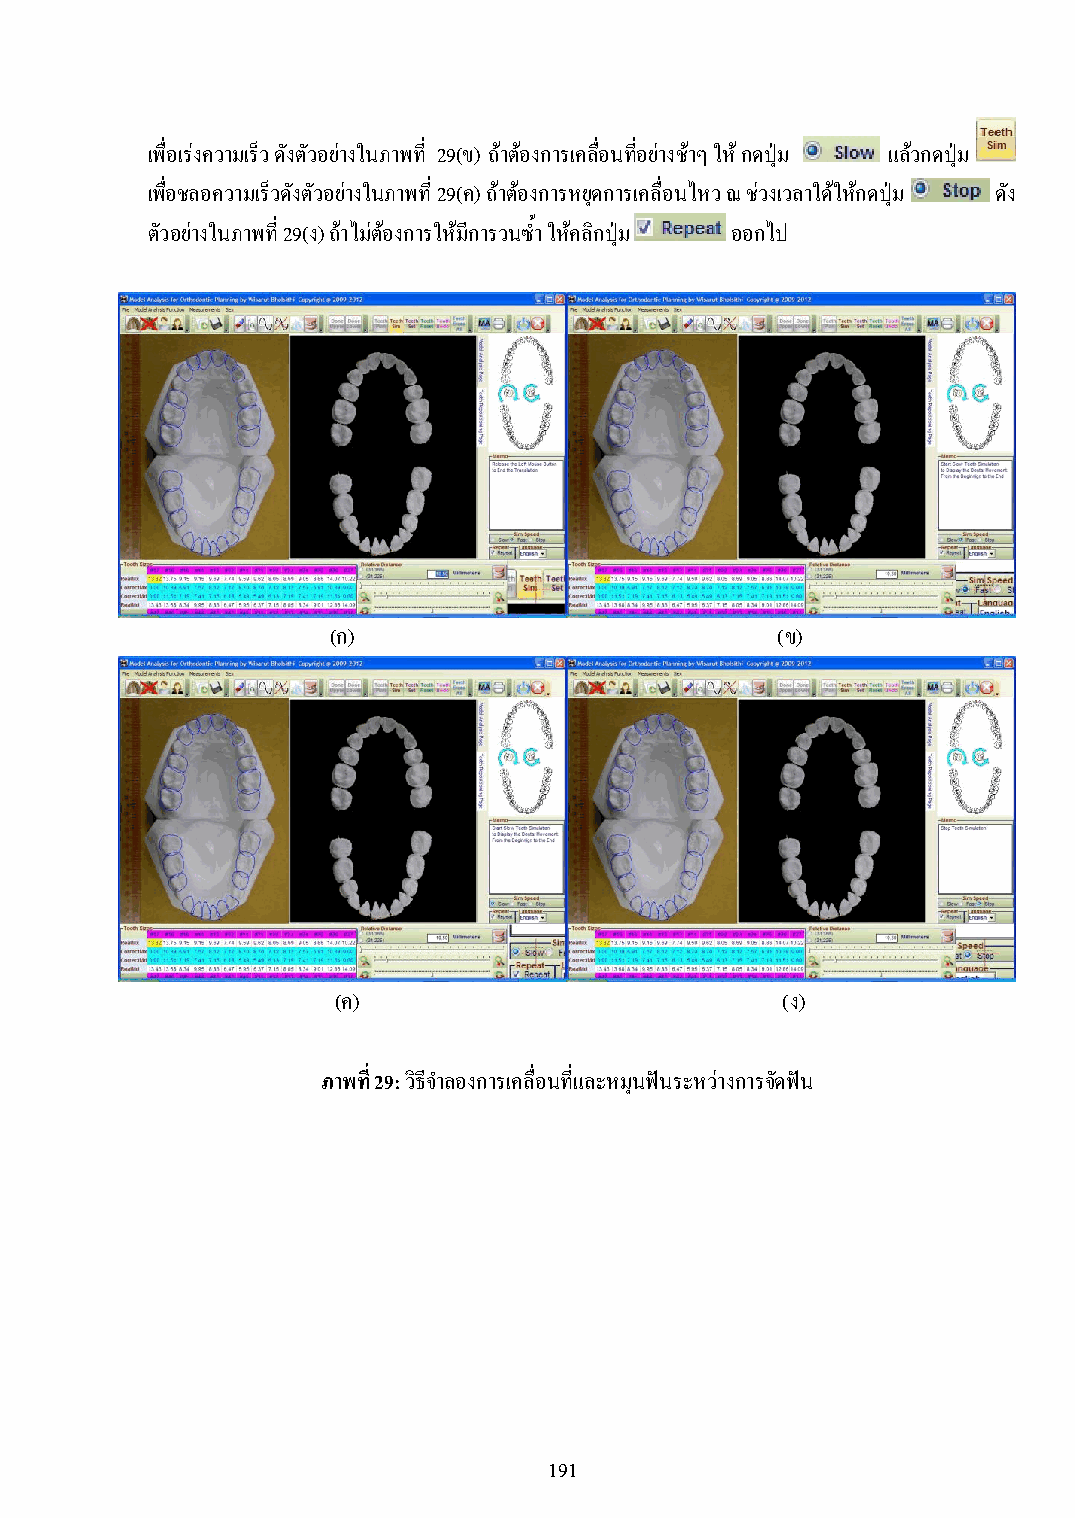
เพื่อเร่งความเร็ว ดังตัวอย่างในภาพที่ 29(ข) ถ้าต้องการเคลื่อนที่อย่างช้าๆ ให้ กดปุ่ม แล้วกดปุ่ม
 เพื่อชลอความเร็วดังตัวอย่างในภาพที่ 29(ค) ถ้าต้องการหยุดการเคลื่อนไหว ณ ช่วงเวลาใด้ให้กดปุ่ม ดัง
 ตัวอย่างในภาพที่ 29(ง) ถ้าไม่ต้องการให้มีการวนซ้ า ให้คลิกปุ่ม ออกไป
 (ก)                          (ข)
 (ค)                           (ง)
 ภาพที่ 29: วิธีจ าลองการเคลื่อนที่และหมุนฟันระหว่างการจัดฟัน
 191